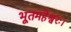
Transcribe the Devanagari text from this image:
भूतमहेश्वरः।